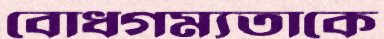
বোধগম্যতাকে